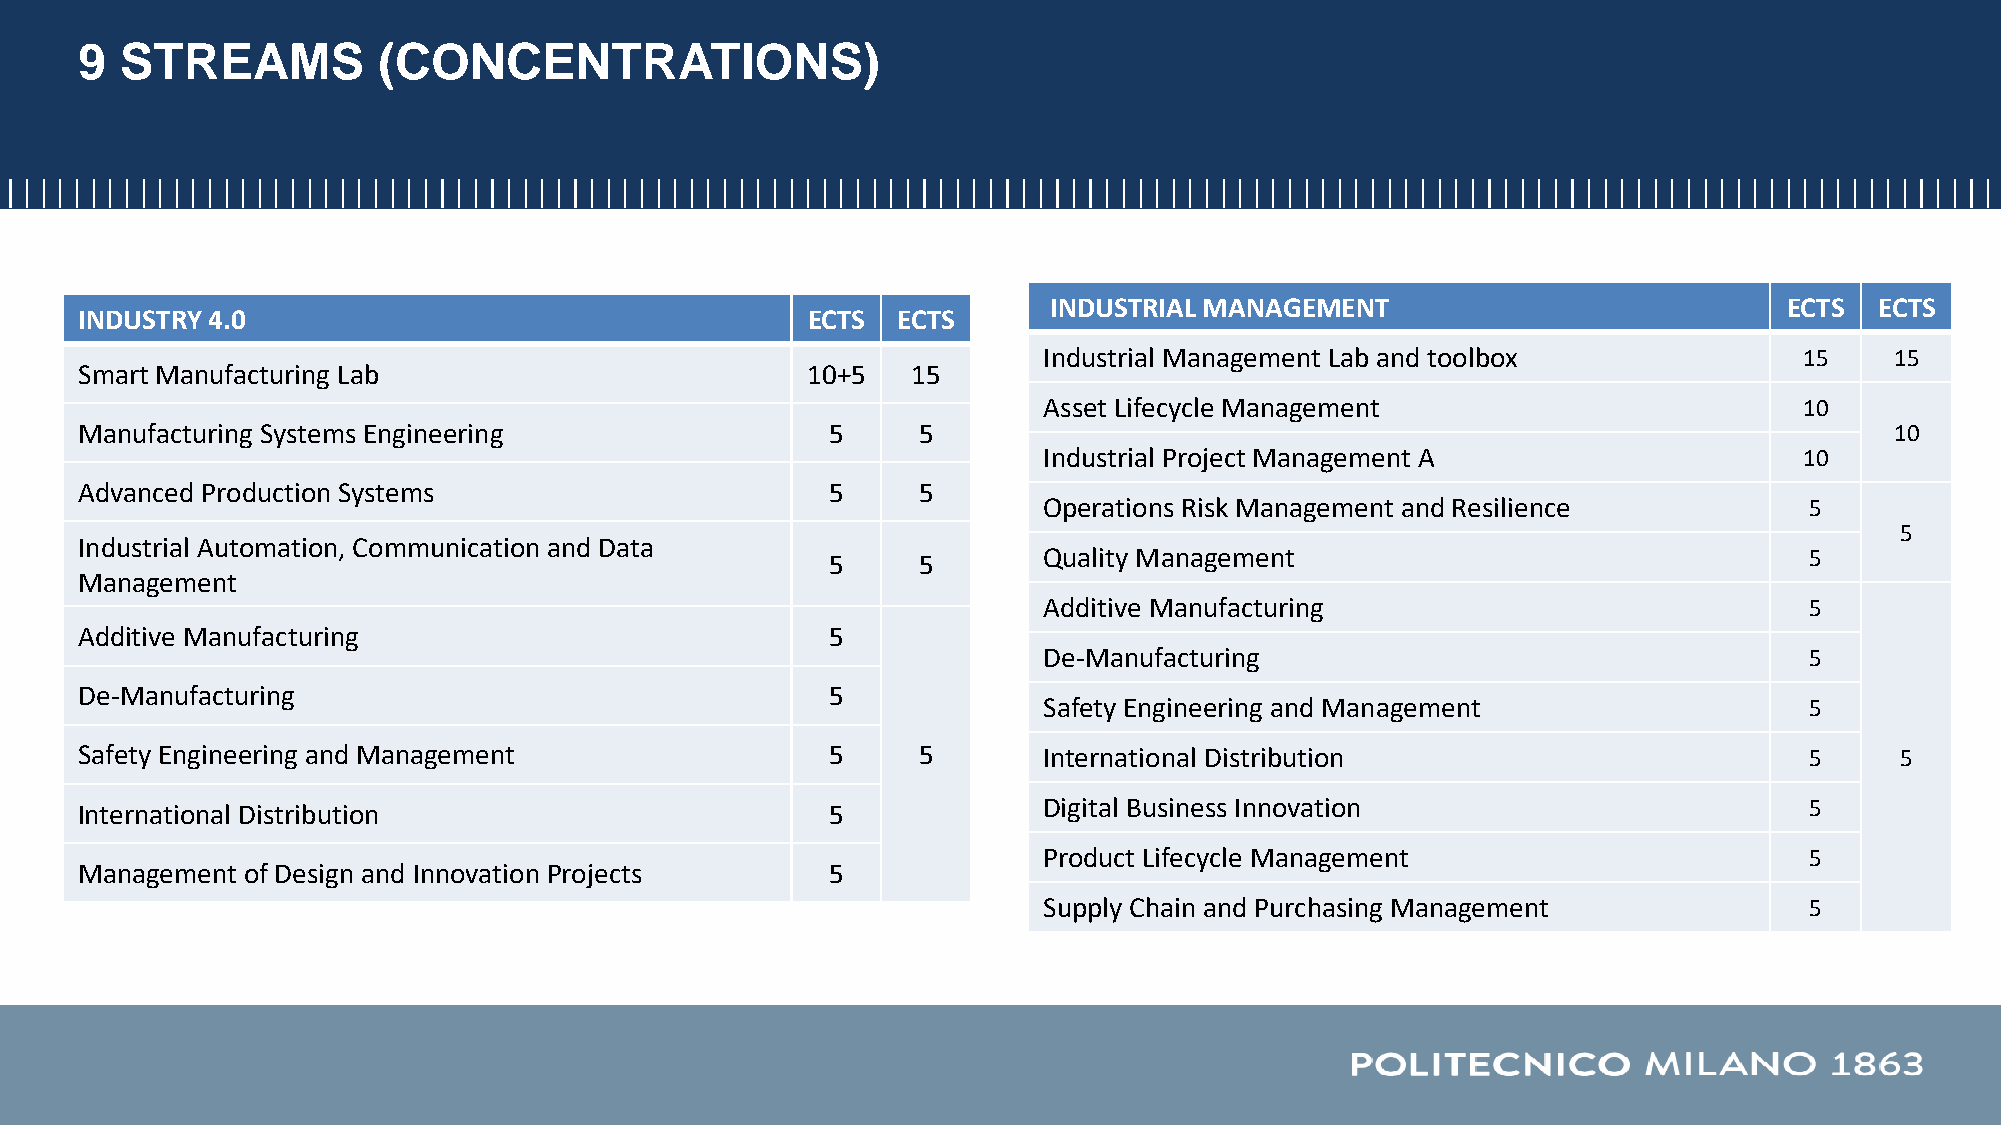
9  STREAMS          (CONCENTRATIONS)
 INDUSTRIAL MANAGEMENT                            ECTS  ECTS
 INDUSTRY 4.0                                    ECTS  ECTS
 Industrial Management Lab and toolbox             15    15
 Smart Manufacturing Lab                         10+5   15
 Asset Lifecycle Management                        10
 Manufacturing Systems Engineering                 5     5                                                               10
 Industrial Project Management A                   10
 Advanced Production Systems                       5     5
 Operations Risk Management and Resilience          5
 5
 Industrial Automation, Communication and Data
 5     5       Quality Management                                 5
 Management
 Additive Manufacturing                             5
 Additive Manufacturing                            5
 De-Manufacturing                                   5
 De-Manufacturing                                  5
 Safety Engineering and Management                  5
 Safety Engineering and Management                 5     5       International Distribution                         5     5
 International Distribution                        5             Digital Business Innovation                        5
 Product Lifecycle Management                       5
 Management of Design and Innovation Projects      5
 Supply Chain and Purchasing Management             5